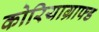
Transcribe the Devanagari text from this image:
कोरियाग्राफ्ड